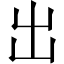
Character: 出